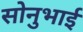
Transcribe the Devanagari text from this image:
सोनुभाई